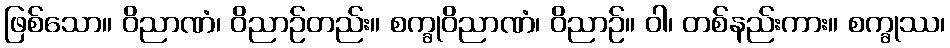
ဖြစ်သော။ ဝိညာဏံ၊ ဝိညာဉ်တည်း။ စက္ခုဝိညာဏံ၊ ဝိညာဉ်။ ဝါ၊ တစ်နည်းကား။ စက္ခုဿ၊